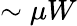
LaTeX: \sim\mu W